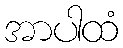
အာပါထံ